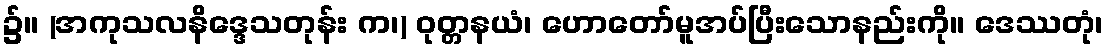
၌။ (အကုသလနိဒ္ဒေသတုန်း က၊) ဝုတ္တနယံ၊ ဟောတော်မူအပ်ပြီးသောနည်းကို။ ဒေဿတုံ၊